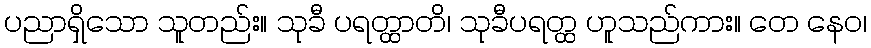
ပညာရှိသော သူတည်း။ သုခီ ပရတ္ထာတိ၊ သုခီပရတ္ထ ဟူသည်ကား။ တေ နေဝ၊